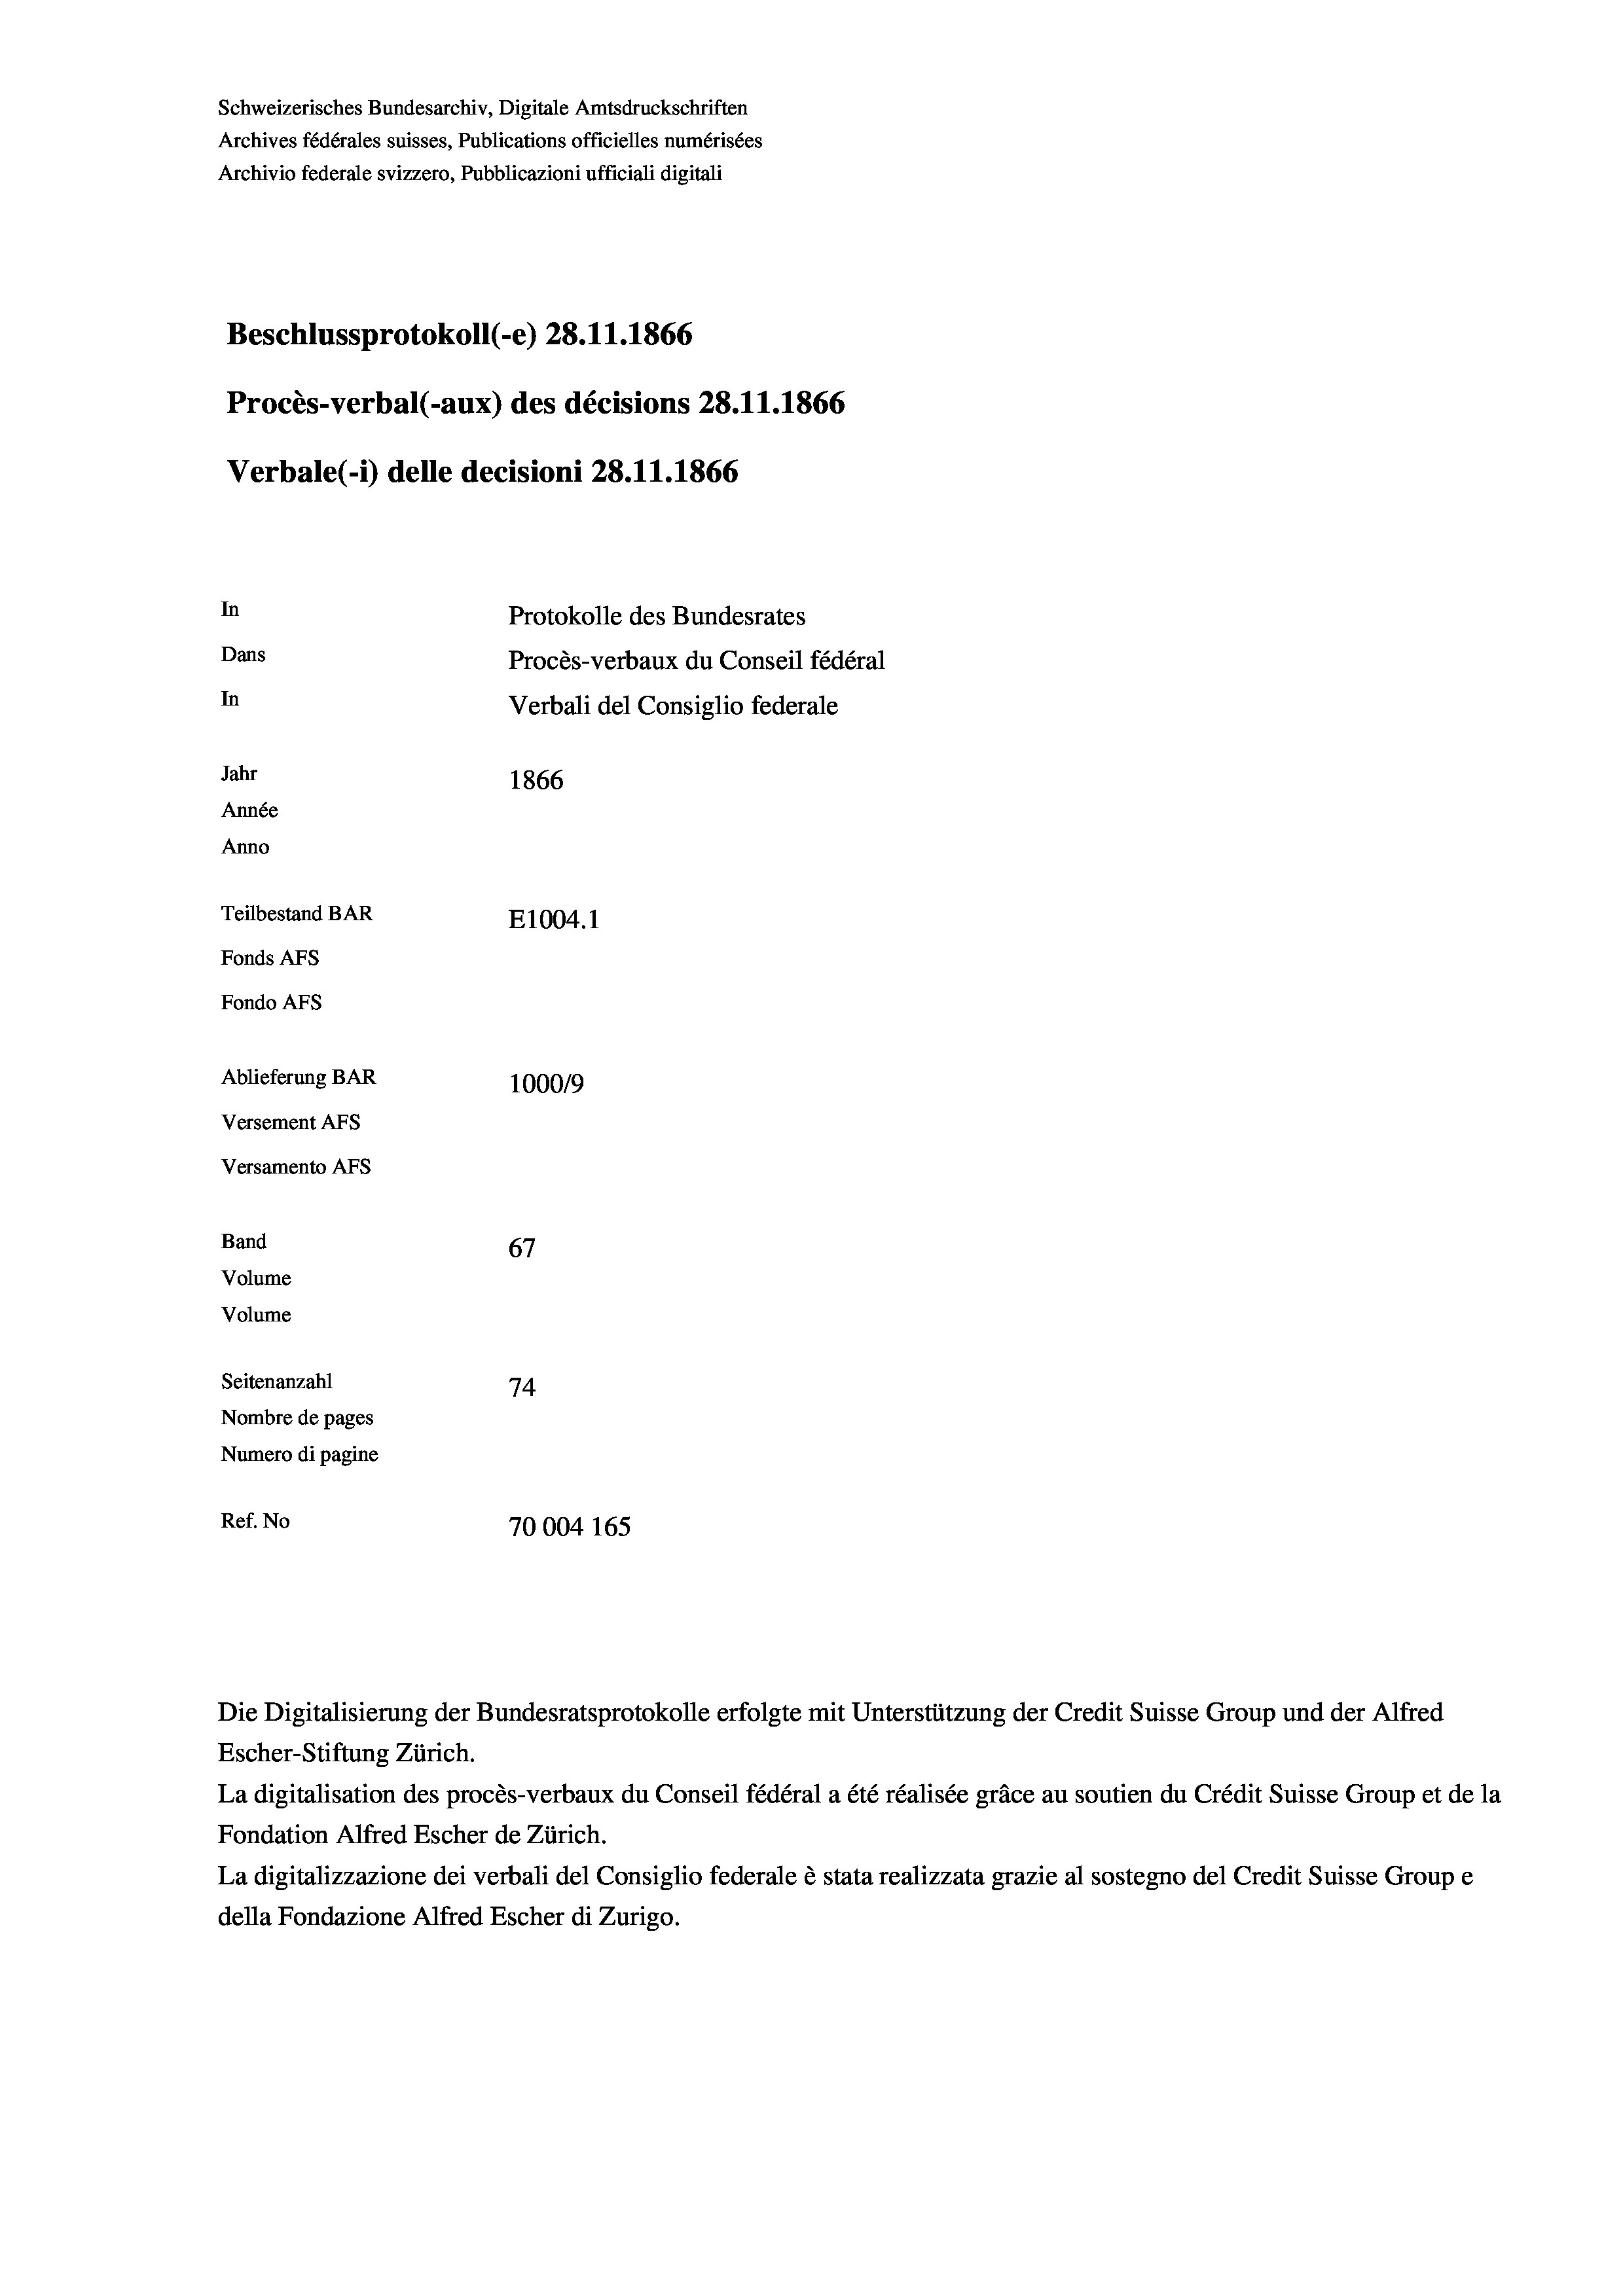
Schweizerisches Bundesarchiv, Digitale Amtsdruckschriften
Archives fédérales suisses, Publications officielles numérisées
Archivio federale svizzero, Pubblicazioni ufficiali digitali
Beschlussprotokoll (-e) 28.11.1866
Procès-verbal (-aux) des décisions 28.11.1866
Verbale (i) delle decisioni 28.11.1866
In
Protokolle des Bundesrates
Dans
In
Jahr
1866
Année
Anno
Teilbestand BAR
E1004. 1
Fonds AFs
Fondo AFs
Ablieferung BAR
1000/9
Versement Abs
Versamento AFs
Band
67
Volume
Volume

Seitenanzahl
74
Nombre de pages
Numero di pagine
Ref. No
70004 165

Procès-verbaux du Conseil fédéral
Verbali del Consiglio federale

Die Digitalisierung der Bundesratsprotokolle erfolgte mit Unterstützung der Credit Suisse Group und der Alfred
Escher-Stiftung Zürich.
La digitalisation des procès-verbaux du Conseil fédéral a été réalisée gräce au soutien du Crédit Suisse Group et de la
Fondation Alfred Escher de Zürich.
La digitalizzazione dei verbali del Consiglio federale è stata realizzata grazie al sostegno del Credit Suisse Groupe
della Fondazione Alfred Escher di Zurigo.